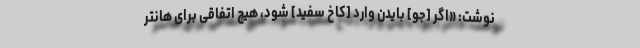
نوشت:‌ «اگر [جو] بایدن وارد [کاخ سفید] شود، هیچ اتفاقی برای هانتر